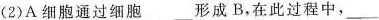
(2)A细胞通过细胞___形成B，在此过程中，___